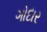
ગોદાર